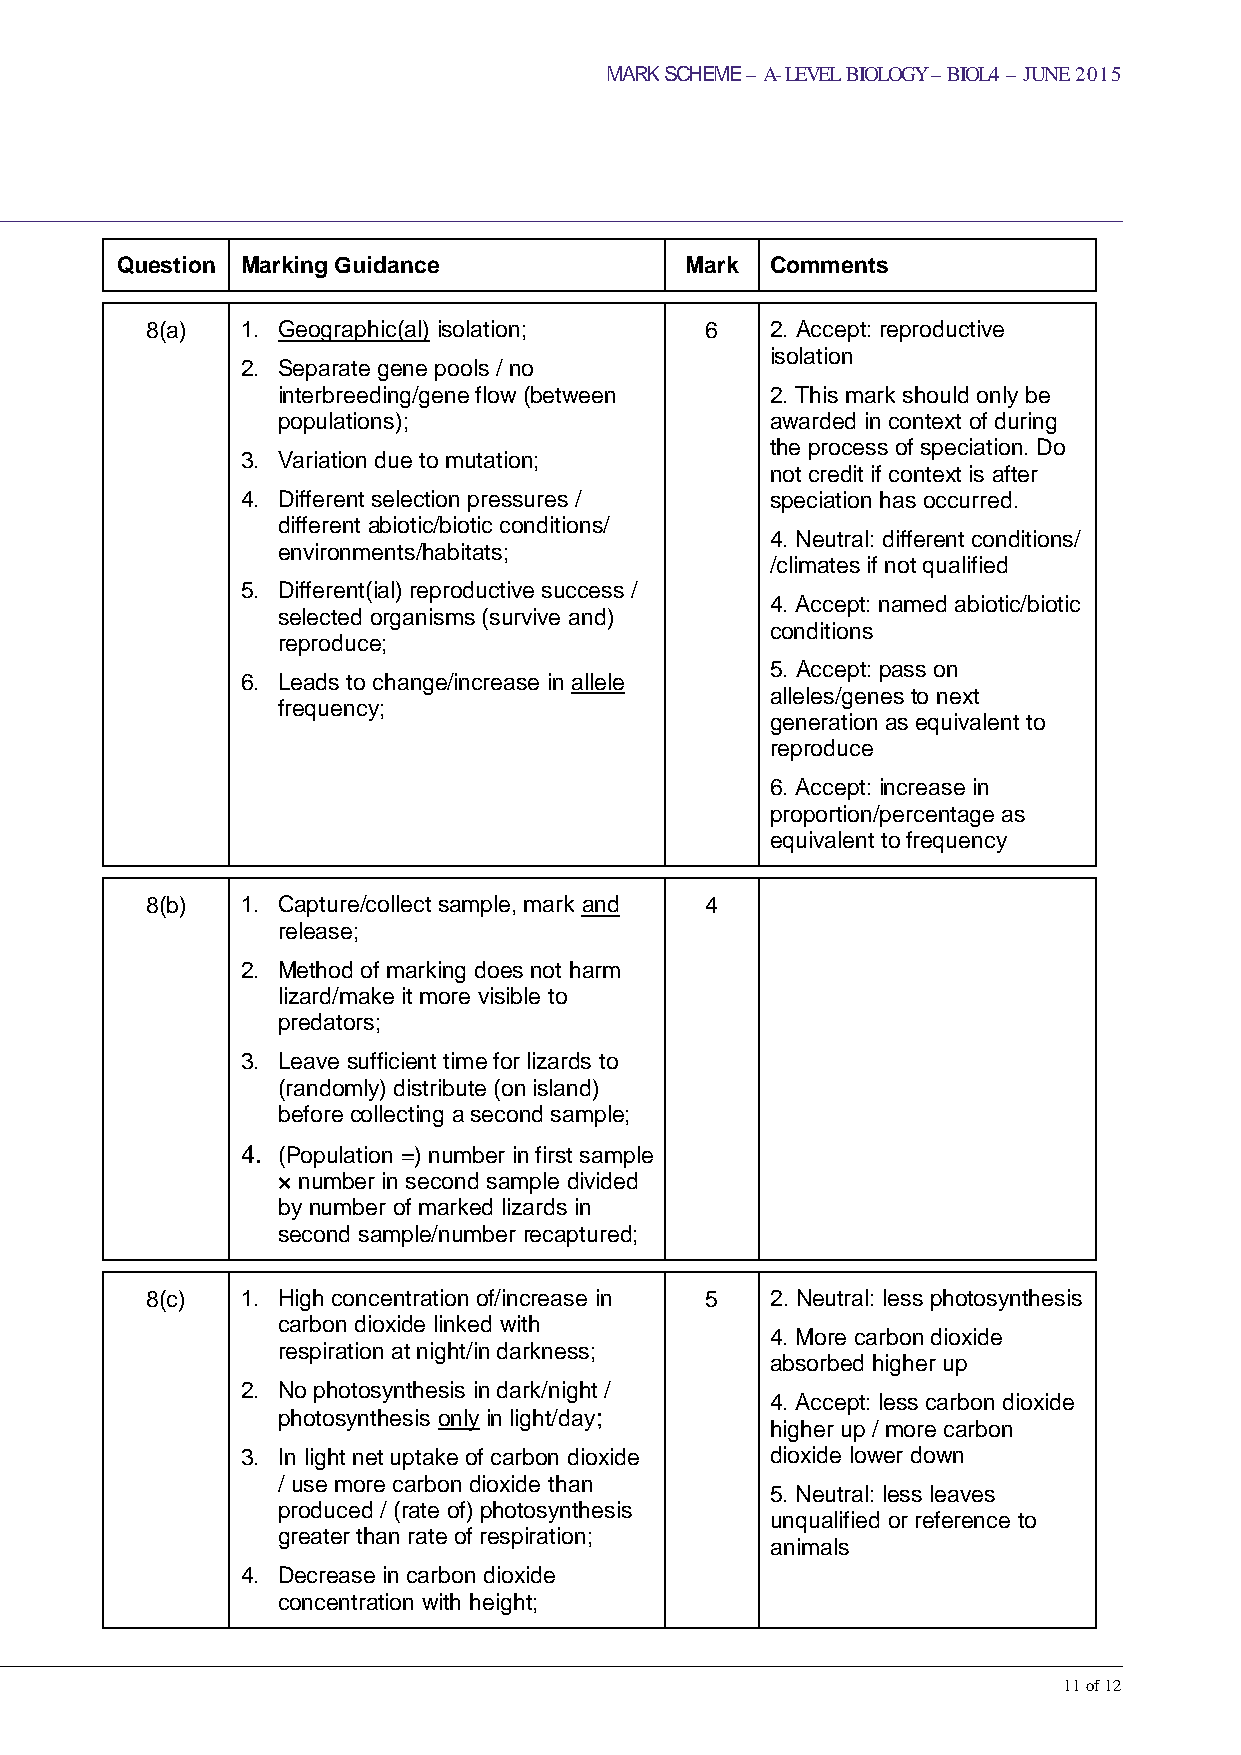
MARK SCHEME – A-LEVEL BIOLOGY – BIOL4 – JUNE 2015
 Question Marking Guidance            Mark  Comments
 8(a)  1. Geographic(al) isolation;   6   2. Accept: reproductive
 isolation
 2. Separate gene pools / no
 interbreeding/gene flow (between 2. This mark should only be
 populations);                    awarded in context of during
 the process of speciation. Do
 3. Variation due to mutation;
 not credit if context is after
 4. Different selection pressures / speciation has occurred.
 different abiotic/biotic conditions/
 4. Neutral: different conditions/
 environments/habitats;
 /climates if not qualified
 5. Different(ial) reproductive success /
 4. Accept: named abiotic/biotic
 selected organisms (survive and)
 conditions
 reproduce;
 5. Accept: pass on
 6. Leads to change/increase in allele
 alleles/genes to next
 frequency;
 generation as equivalent to
 reproduce
 6. Accept: increase in
 proportion/percentage as
 equivalent to frequency
 8(b)  1. Capture/collect sample, mark and 4
 release;
 2. Method of marking does not harm
 lizard/make it more visible to
 predators;
 3. Leave sufficient time for lizards to
 (randomly) distribute (on island)
 before collecting a second sample;
 4. (Population =) number in first sample
 × number in second sample divided
 by number of marked lizards in
 second sample/number recaptured;
 8(c)  1. High concentration of/increase in 5 2. Neutral: less photosynthesis
 carbon dioxide linked with
 4. More carbon dioxide
 respiration at night/in darkness;
 absorbed higher up
 2. No photosynthesis in dark/night /
 4. Accept: less carbon dioxide
 photosynthesis only in light/day;
 higher up / more carbon
 3. In light net uptake of carbon dioxide dioxide lower down
 / use more carbon dioxide than
 5. Neutral: less leaves
 produced / (rate of) photosynthesis
 unqualified or reference to
 greater than rate of respiration;
 animals
 4. Decrease in carbon dioxide
 concentration with height;
 11 of 12